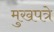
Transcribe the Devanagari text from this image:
मुखपत्रे